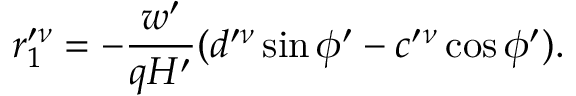
r _ { 1 } ^ { \prime \nu } = - \frac { w ^ { \prime } } { q H ^ { \prime } } ( d ^ { \prime \nu } \sin \phi ^ { \prime } - c ^ { \prime } { } ^ { \nu } \cos \phi ^ { \prime } ) .